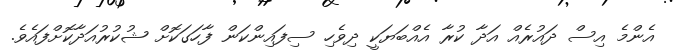
އެންމެ އިސް ދައުރެއް އަދާ ކުރާ އެއްބަޔަކީ ދިވެހި ސިފައިންކަން ފާހަގަކޮށް ޝުކުރުއަދާކޮށްފައެވެ.